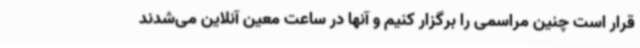
قرار است چنین مراسمی را برگزار کنیم و آنها در ساعت معین آنلاین می‌شدند